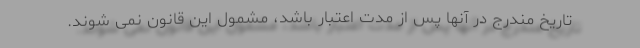
تاریخ مندرج در آنها پس از مدت اعتبار باشد، مشمول این قانون نمی شوند.